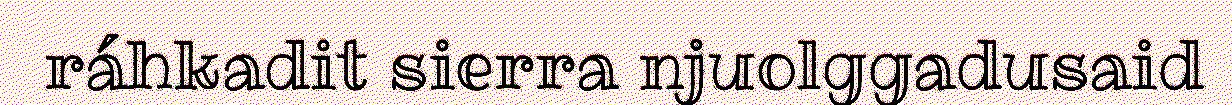
ráhkadit sierra njuolggadusaid